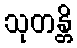
သုတန္တိ